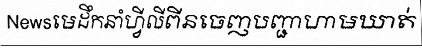
Newsមេដឹកនាំហ្វីលីពីនចេញបញ្ជាហាមឃាត់